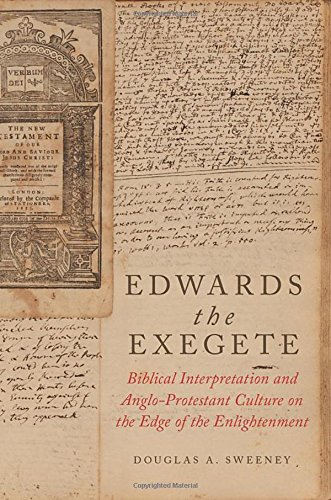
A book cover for Edwards the Exegete: Biblical Interpretation and Anglo-Protestant Culture on the Edge of the Enlightenment; Douglas A. Sweeney; Christian Books & Bibles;